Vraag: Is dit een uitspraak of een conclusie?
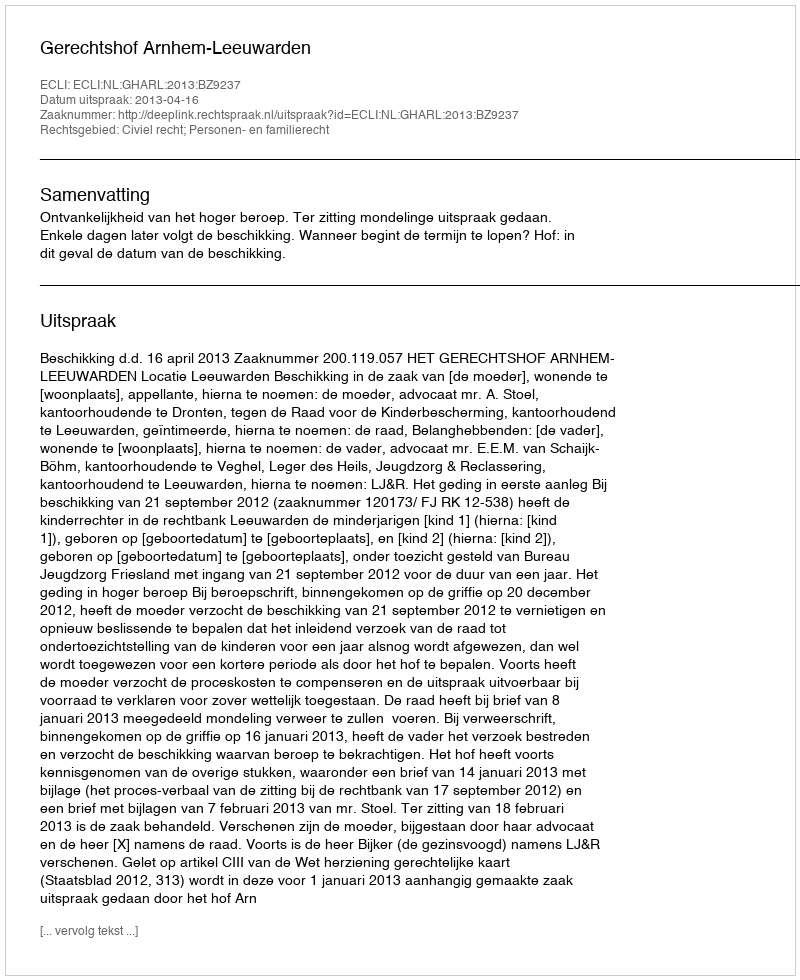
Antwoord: Uitspraak